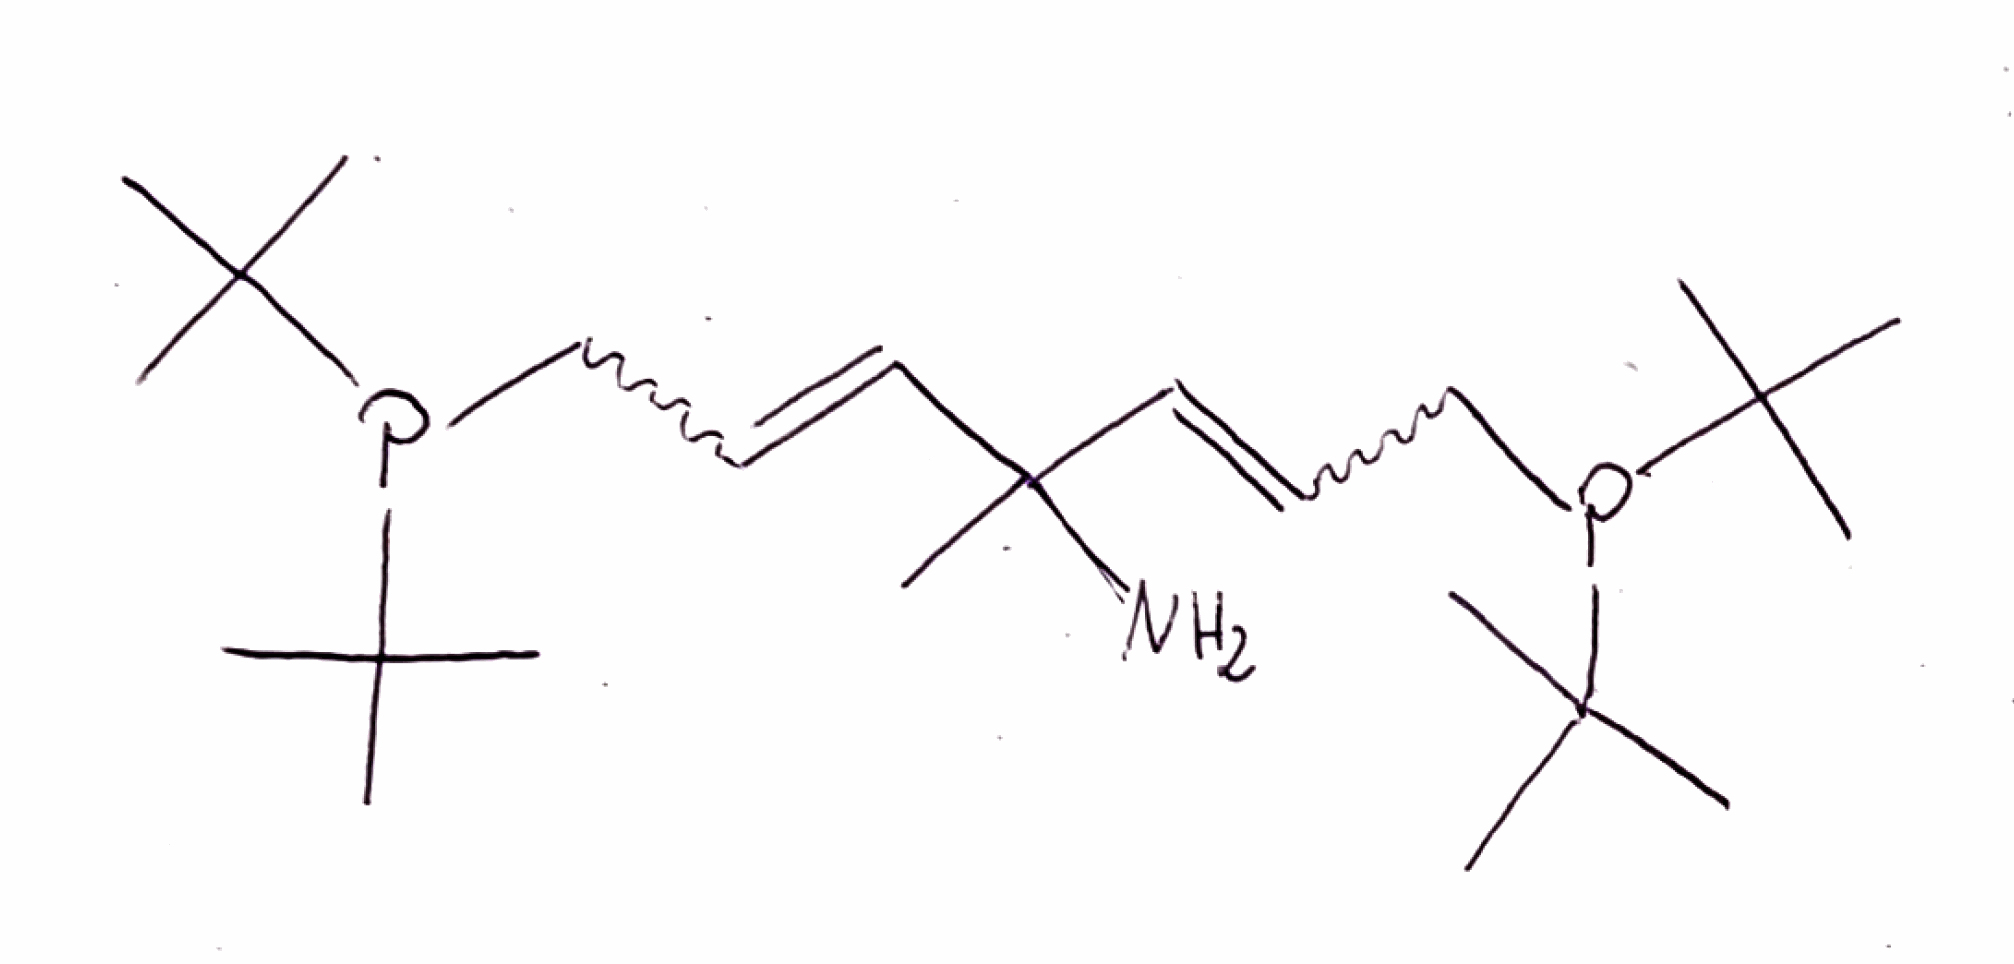
Simplified molecular-input line-entry system (SMILES) notation of the given molecule:
CC(C)(C)P(CC=CC(C)(C=CCP(C(C)(C)C)C(C)(C)C)N)C(C)(C)C